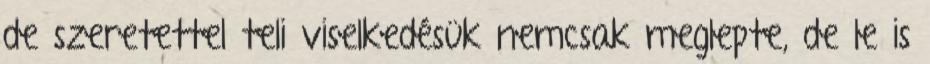
de szeretettel teli viselkedésük nemcsak meglepte, de le is